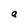
Character: g